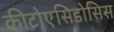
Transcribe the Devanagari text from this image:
कीटोएसिडोसिस